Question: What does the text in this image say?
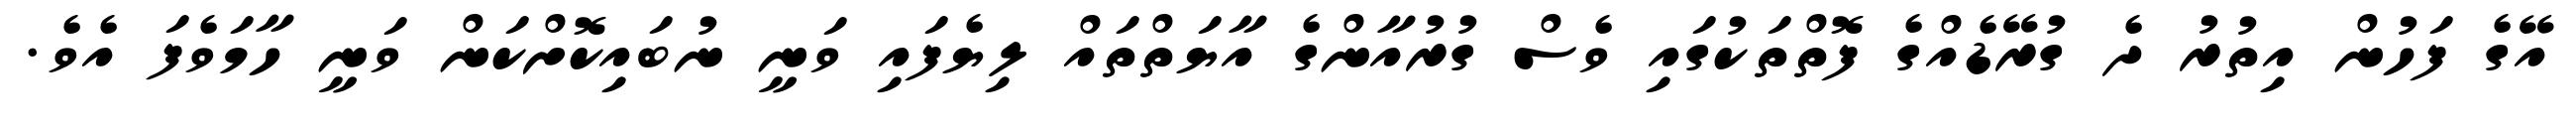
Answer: އޭގެ ފަހުން އިތުރު ދެ ގުރޭޑެއްގެ ފޮތްތަކުގައި ވެސް ގުރުއާންގެ އާޔަތްތައް ލިޔެފައި ވަނީ ނުބައިކޮށްކަން ވަނީ ހާމަވެފަ އެވެ.